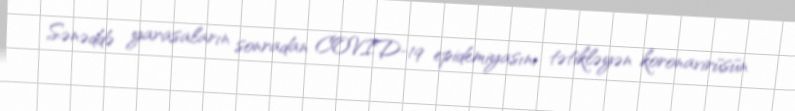
Sənəddə yarasaların sonradan COVID-19 epidemiyasını tətikləyən koronavirüsün